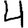
Digit: 4